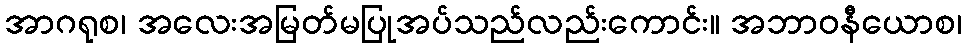
အာဂရုစ၊ အလေးအမြတ်မပြုအပ်သည်လည်းကောင်း။ အဘာဝနီယောစ၊